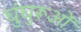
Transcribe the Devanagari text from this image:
घुंघुरूओं